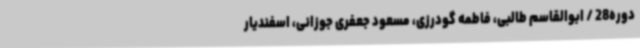
دوره28 / ابوالقاسم طالبی، فاطمه گودرزی، مسعود جعفری جوزانی، اسفندیار